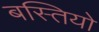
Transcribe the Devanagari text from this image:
बस्‍तियो